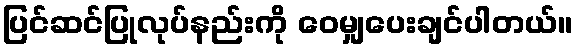
ပြင်ဆင်ပြုလုပ်နည်းကို ဝေမျှပေးချင်ပါတယ်။